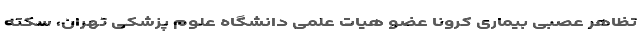
تظاهر عصبی بیماری کرونا عضو هیات علمی دانشگاه علوم پزشکی تهران، سکته